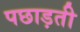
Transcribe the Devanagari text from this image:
पछाड़ती